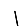
Digit: 1